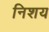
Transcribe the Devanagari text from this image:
निशय